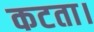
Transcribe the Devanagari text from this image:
कटता।